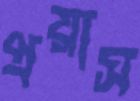
প্রয়াস